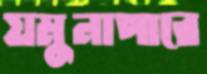
যমুনাপারে